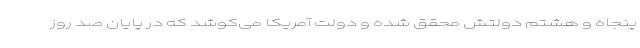
پنجاه و هشتم دولتش محقق شده و دولت آمریکا می‌کوشد که در پایان صد روز